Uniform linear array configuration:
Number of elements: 16
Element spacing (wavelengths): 1
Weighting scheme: blackman
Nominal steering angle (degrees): -45
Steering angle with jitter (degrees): -45.705
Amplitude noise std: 0.05
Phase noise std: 0.05

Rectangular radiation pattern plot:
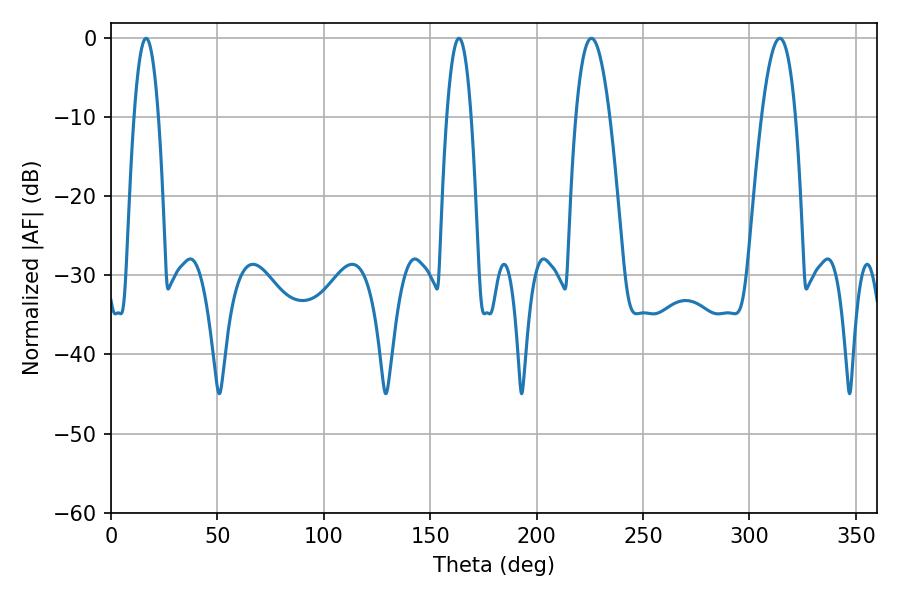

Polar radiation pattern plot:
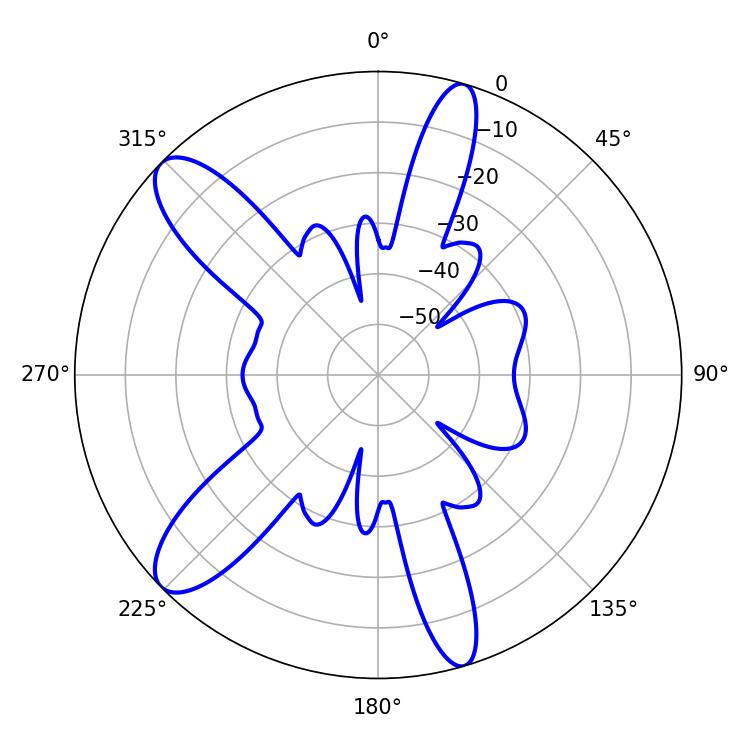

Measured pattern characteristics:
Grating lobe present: TRUE
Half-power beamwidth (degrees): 8.64
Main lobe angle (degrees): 225.72